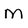
Character: m